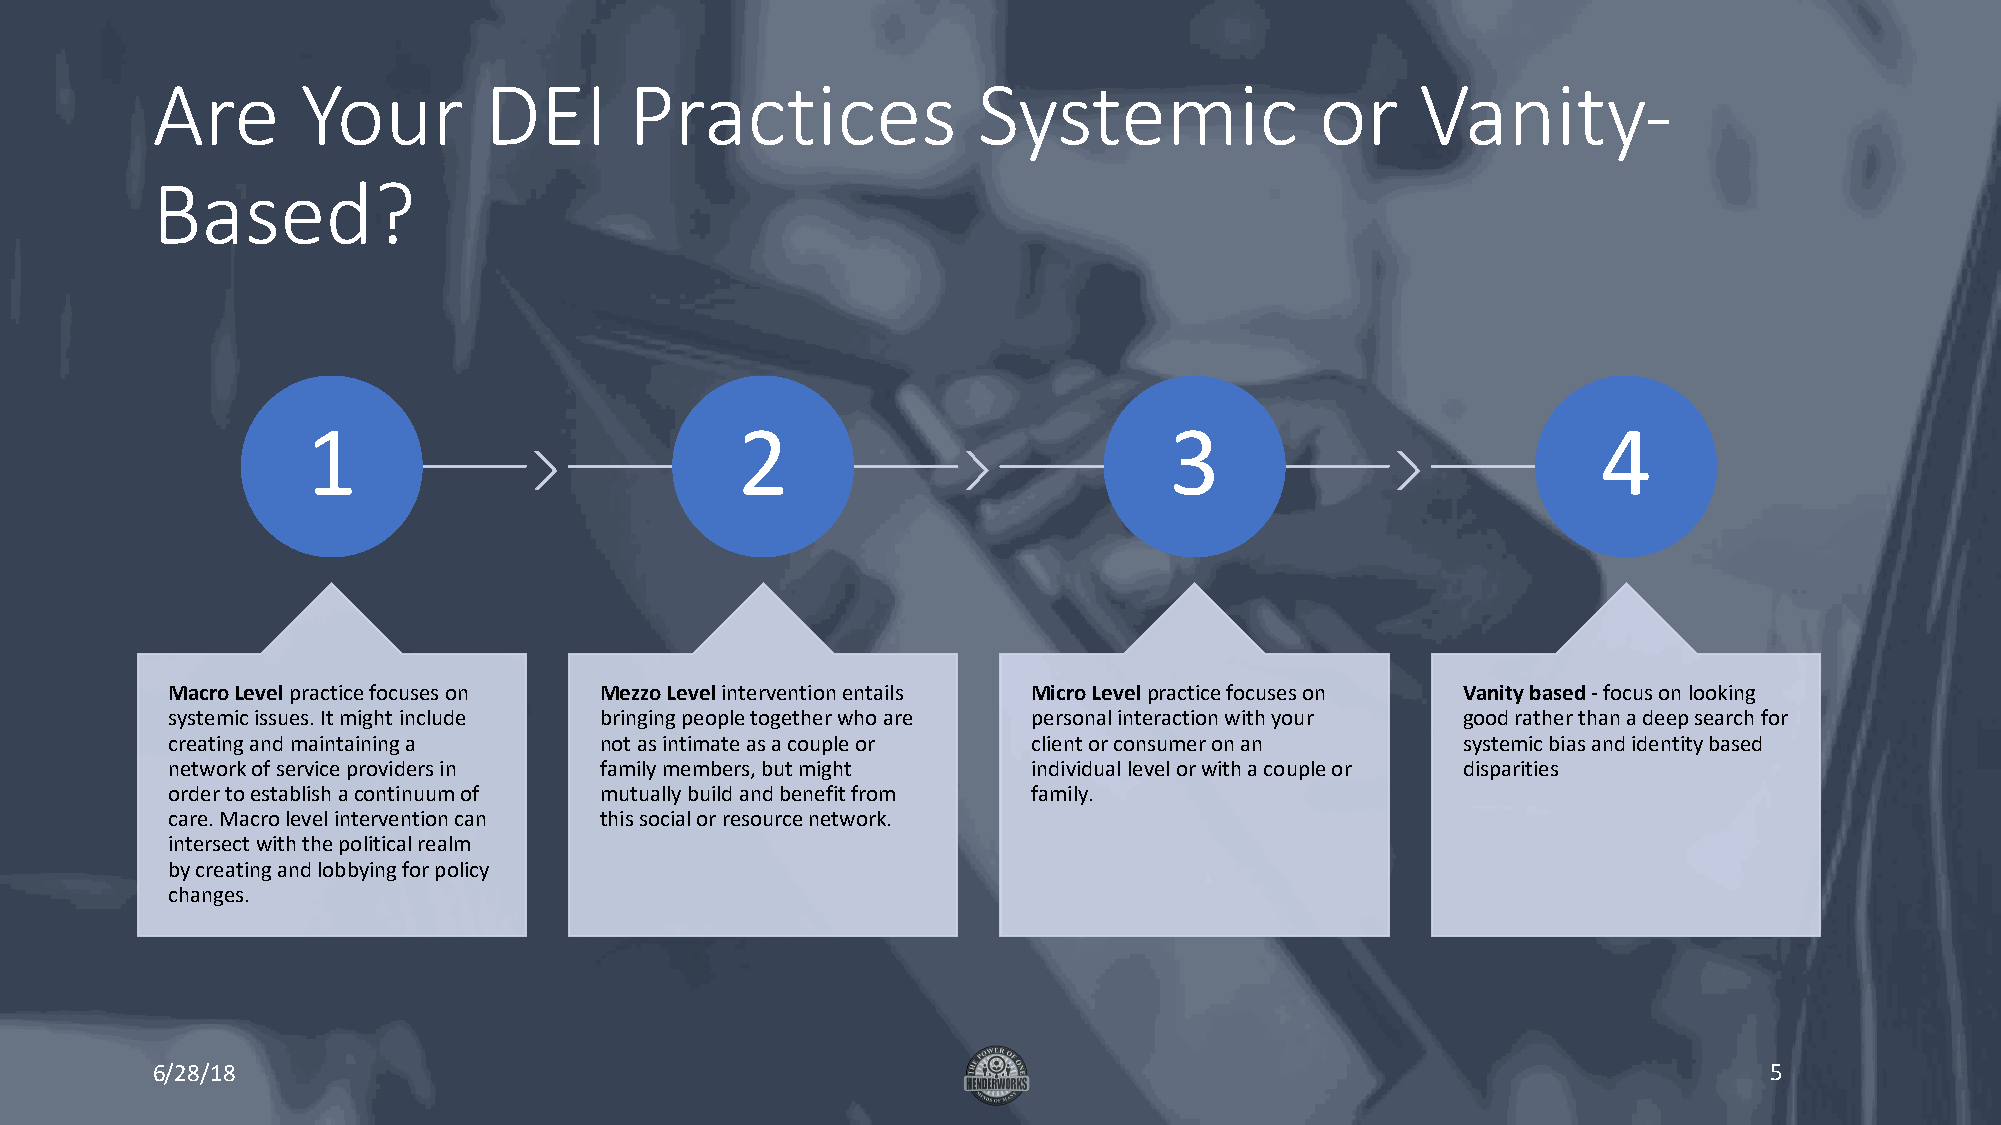
Are       Your        DEI       Practices              Systemic              or     Vanity-
 Based?
 1                            2                           3                            4
 Macro Levelpractice focuses on Mezzo Levelintervention entails Micro Levelpractice focuses on Vanity based -focus on looking
 systemic issues. It might include bringing people together who are personal interaction with your good rather than a deep search for
 creating and maintaining a   not asintimateas a couple or client or consumer on an    systemic bias and identity based
 network of service providers in family members, but might individual level or with a couple or disparities
 order to establish acontinuumof mutually build and benefit from family.
 care. Macro level intervention can this social or resource network.
 intersect with thepoliticalrealm
 by creating andlobbyingforpolicy
 changes.
 6/28/18                                                                                                    5